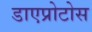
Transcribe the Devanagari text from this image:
डाएप्रोटोस